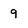
Character: 9